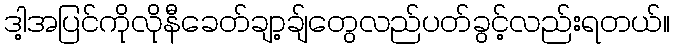
ဒါ့အပြင်ကိုလိုနီခေတ်ချာ့ချ်တွေလည်ပတ်ခွင့်လည်းရတယ်။